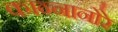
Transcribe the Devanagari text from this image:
कान्नानोरे